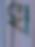
খ